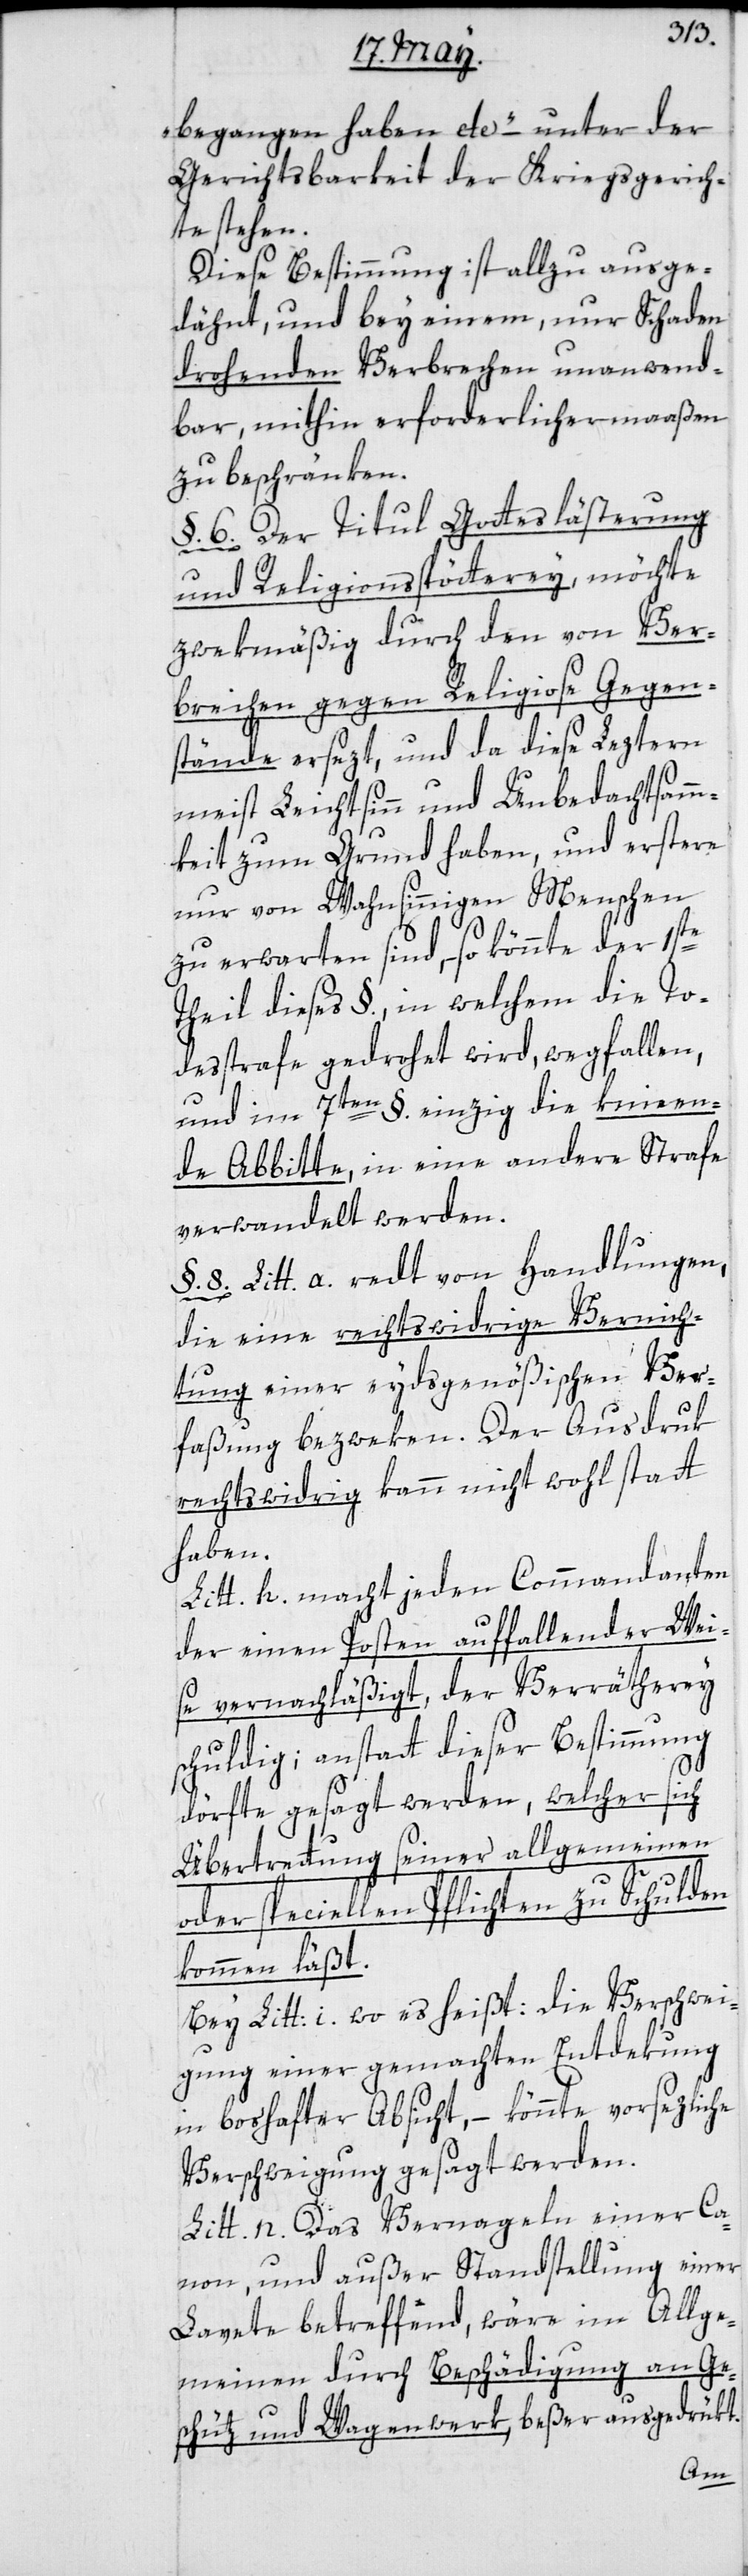
begangen haben etc.“ – unter der
Gerichtsbarkeit der Kriegsgerich¬
te stehen.
Diese Bestimmung ist allzu ausge¬
dähnt, und bey einem nur Schaden
drohenden Verbrechen unanwend¬
bar, mithin erforderlichermaaßen
zu beschränken.
§. 6. Der Titul Gotteslästerung
und Religionsspötterey möchte
zwekmäßig durch den von Ver¬
brechen gegen Religiose Gegen¬
stände ersezt, und da diese Leztern
meist Leichtsinn und Unbedachtsamm¬
keit zum Grund haben, und erstere
nur von Wahnsinnigen Menschen
zu erwarten sind, so könnte der 1ste
Theil dieses §., in welchem die To¬
desstrafe gedrohet wird, wegfallen,
und im 7ten §. einzig die knieen¬
de Abbitte, in eine andere Strafe
verwandelt werden.
§. 8. Litt. a. redt von Handlungen,
die eine rechtswidrige Vernich¬
tung einer eydsgenößischen Ver¬
faßung bezweken. Der Ausdruk
rechtswidrig kann nicht wohl statt
haben.
Litt. h. macht jeden Commandanten,
der einen Posten auffallender Wei¬
se vernachläßigt, der Verräterey
schuldig; anstatt dieser Bestimmung
dörfte gesagt werden, welcher sich
Übertretung seiner allgemeinen
oder speciellen Pflichten zu Schulden
kommen läßt.
Bey Litt: i. wo es heißt: die Verschwei¬
gung einer gemachten Entdekung
in boshafter Absicht, könnte vorsezliche
Verschweigung gesagt werden.
Litt. n. Das Vernageln einer Ca¬
non, und außer Standstellung einer
Lavette betreffend, wäre im Allge¬
meinen durch Beschädigung an Ge¬
schütz und Wagenwerk, beßer ausgedrükt.